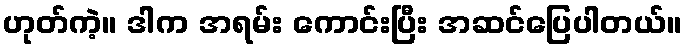
ဟုတ်ကဲ့။ ဒါက အရမ်း ကောင်းပြီး အဆင်ပြေပါတယ်။